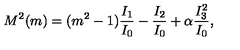
M ^ { 2 } ( m ) = ( m ^ { 2 } - 1 ) \frac { I _ { 1 } } { I _ { 0 } } - \frac { I _ { 2 } } { I _ { 0 } } + \alpha \frac { I _ { 3 } ^ { 2 } } { I _ { 0 } } ,